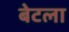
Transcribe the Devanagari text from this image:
बेटला